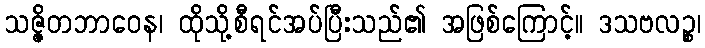
သဇ္ဇိတဘာဝေန၊ ထိုသို့စီရင်အပ်ပြီးသည်၏ အဖြစ်ကြောင့်။ ဒသဗလဉ္စ၊